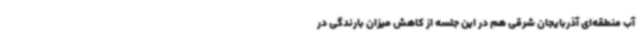
آب منطقه‌ای آذربایجان شرقی هم در این جلسه از کاهش میزان بارندگی در